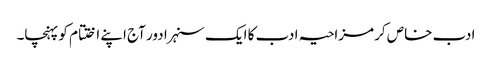
ادب خاص کر مزاحیہ ادب کا ایک سنہرا دور آج اپنے اختتام کو پہنچا۔